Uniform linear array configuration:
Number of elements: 48
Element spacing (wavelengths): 1
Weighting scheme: hamming
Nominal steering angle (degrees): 0
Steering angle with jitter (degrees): -1.556
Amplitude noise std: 0.05
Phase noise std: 0.05

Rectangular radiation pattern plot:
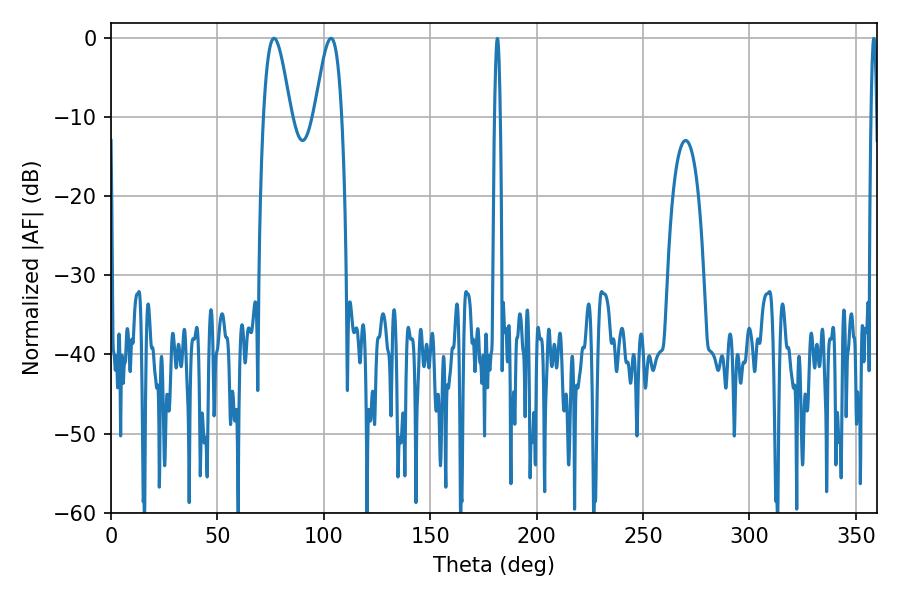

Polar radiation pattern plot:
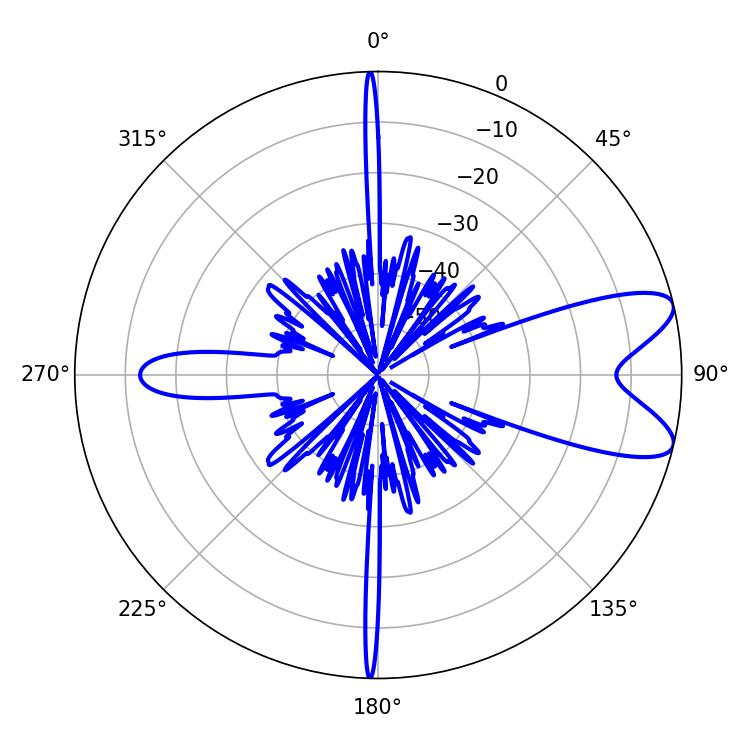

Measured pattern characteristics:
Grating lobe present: TRUE
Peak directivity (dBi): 8.917
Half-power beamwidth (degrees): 6.84
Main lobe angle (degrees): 76.68